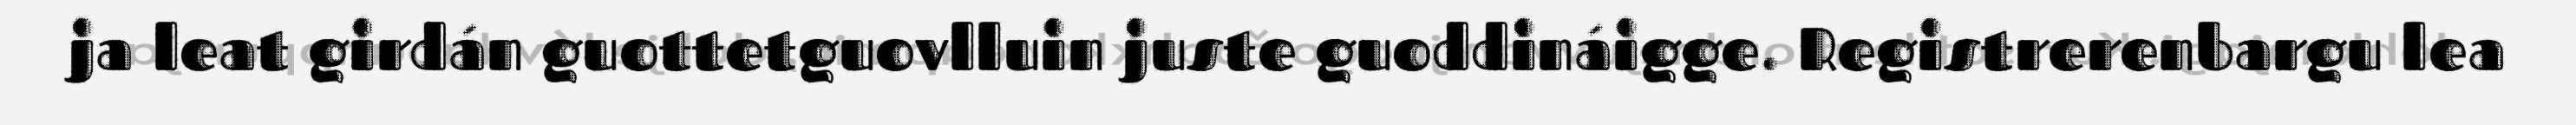
ja leat girdán guottetguovlluin juste guoddináigge. Registrerenbargu lea